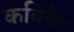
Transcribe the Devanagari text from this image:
कबिनेट